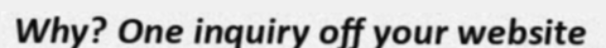
Why? One inquiry off your website